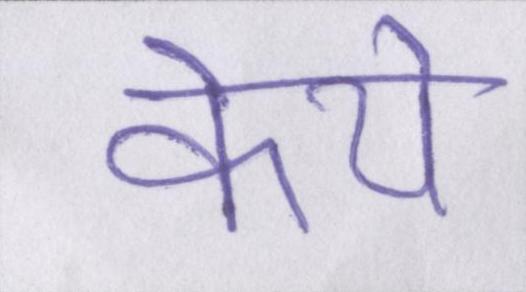
केये